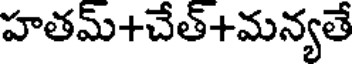
హతమ్+చేత్+మన్యతే